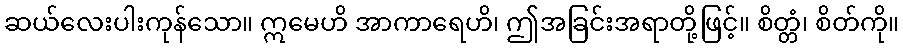
ဆယ်လေးပါးကုန်သော။ ဣမေဟိ အာကာရေဟိ၊ ဤအခြင်းအရာတို့ဖြင့်။ စိတ္တံ၊ စိတ်ကို။